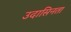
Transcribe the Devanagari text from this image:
उदासिनता